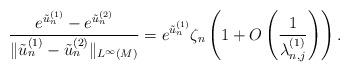
LaTeX: \begin{align*}\frac{e^{\tilde{u}_n^{(1)}}-e^{\tilde{u}_n^{(2)}}}{\|\tilde{u}_n^{(1)}-\tilde{u}_n^{(2)}\|_{L^\infty(M)}}=e^{\tilde{u}_n^{(1)}}\zeta_n\left(1+O\left(\frac{1}{\lambda_{n,j}^{(1)}}\right)\right).\end{align*}